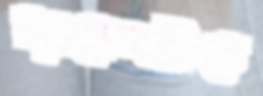
চ্যানেলটিতে